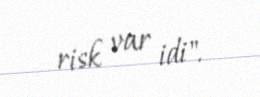
risk var idi".